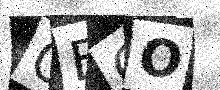
Text: OECO